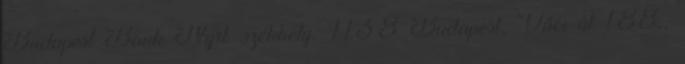
Budapest Bank Nyrt. székhely: 1138 Budapest, Váci út 188.,